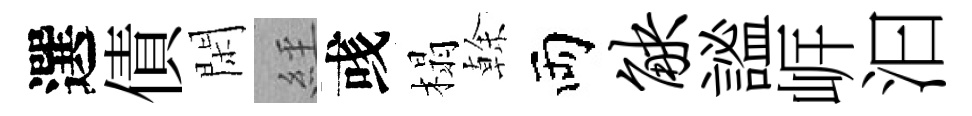
選債閑𦀇彧榻𠏉両觖謐㟁汩